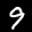
Label: 9